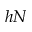
h N